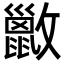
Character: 𫿢